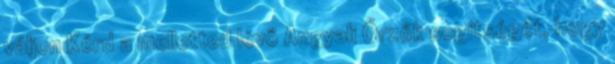
váljon Kérd a melletted lévő Angyali Őrzők segítségét, hogy